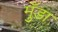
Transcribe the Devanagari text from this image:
मुँडा